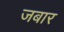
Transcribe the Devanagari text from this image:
जबार